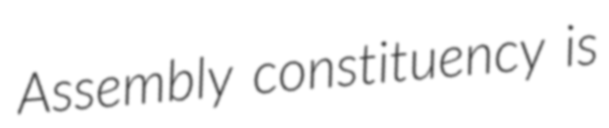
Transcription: Assembly constituency is